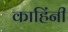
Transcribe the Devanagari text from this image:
काहिंनी